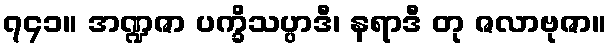
၇၄၁။ အဏ္ဍဇာ ပက္ခိသပ္ပာဒီ၊ နရာဒီ တု ဇလာဗုဇာ။